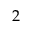
2